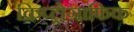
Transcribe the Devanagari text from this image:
क्रिप्ट्रोग्राफिक